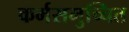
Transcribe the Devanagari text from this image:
कर्मसमुच्चित